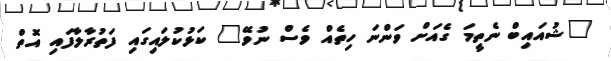
"ޝުއައިބް ނެތީމަ ގެއަށް ވަންނަ ހިތެއް ވެސް ނުވޭ" ކަޅުކުލައިގައި ފަތުރާލާފައި އޮތް